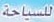
للسياحة